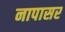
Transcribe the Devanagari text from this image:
नापासर